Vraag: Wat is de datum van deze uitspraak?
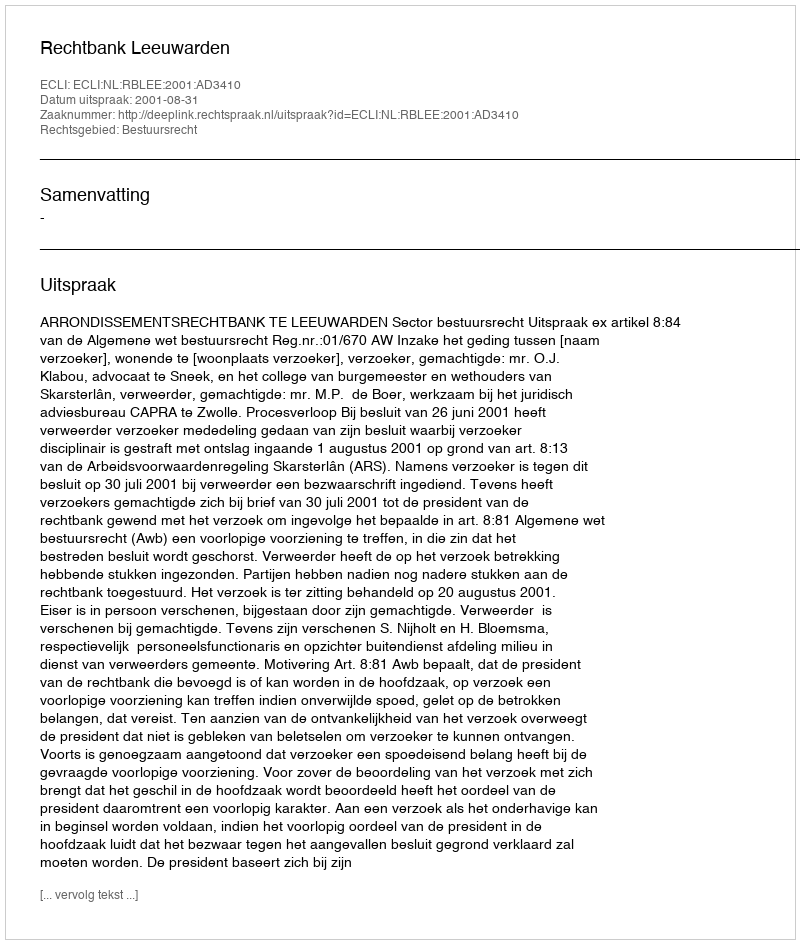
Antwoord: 2001-08-31